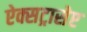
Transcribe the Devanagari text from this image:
ऐक्सट्रासेप्ट